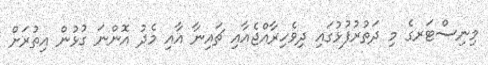
މިނިސްޓަރގެ މި ދަތުރުފުޅުގައި ދިވެހިރާއްޖެއާއި ޗައިނާ އާއި މެދު އޮންނަ ގުޅުން އިތުރަށް